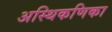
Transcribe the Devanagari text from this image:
अस्थिकणिका